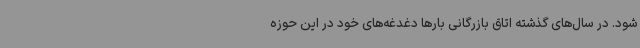
شود. در سال‌های گذشته اتاق بازرگانی بارها دغدغه‌های خود در این حوزه